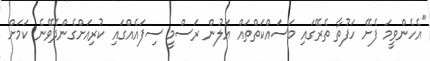
"އެހެންވީމަ ފެށޭ ހަފުތާ ތެރޭގައި މަސައްކަތްތައް އަލުން ރަސްމީ ސިފައެއްގައި ކުރިއަށްގެންދެވޭނެ ކަމަށް